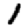
Digit: 1